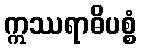
ဣဿရာဓိပစ္စံ